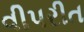
વીપરીત